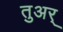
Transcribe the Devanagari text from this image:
तुअर्